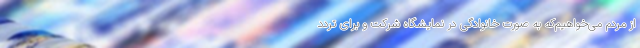
از مردم می‌خواهیم‌که به صورت خانوادگی در نمایشگاه شرکت و برای تردد